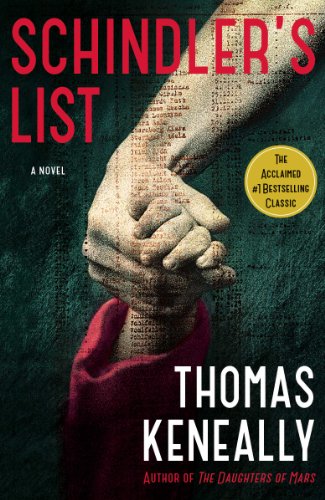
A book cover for Schindler's List; Thomas Keneally; Literature & Fiction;